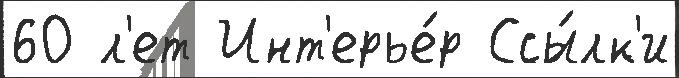
60 л'ет Инт'ерье́р Ссы́лк'и